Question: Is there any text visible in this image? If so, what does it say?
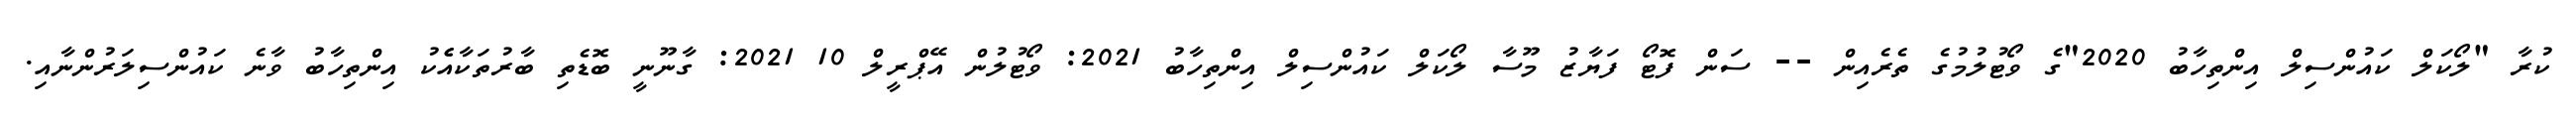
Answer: ކުރާ "ލޯކަލް ކައުންސިލް އިންތިހާބު 2020"ގެ ވޯޓުލުމުގެ ތެރެއިން -- ސަން ފޮޓޯ ފަޔާޒު މޫސާ ލޯކަލް ކައުންސިލް އިންތިހާބު 2021: ވޯޓުލުން އޭޕްރީލް 10 2021: ގާނޫނީ ބޮޑެތި ބާރުތަކާއެެކު އިންތިހާބު ވާނެ ކައުންސިލަރުންނާއި.